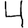
Digit: 4